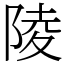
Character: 陵